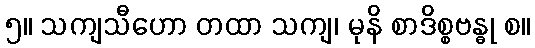
၅။ သကျသီဟော တထာ သကျ၊ မုနိ စာဒိစ္စဗန္ဓု စ။